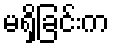
မရှိခြင်းက